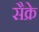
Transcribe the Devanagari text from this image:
सैक्रे